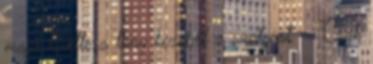
majd kivette a lány kezéből a szatyrot. - Csak